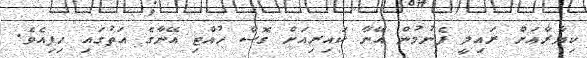
ކިޔާރާއަށް ރައިލީ ފެނުމުން އޭނާ ކައިރިއަށް ގޮސް ހުއްޓި އޭނާގެ އަތުގައި ހިފިއެވެ.